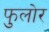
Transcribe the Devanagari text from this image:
फुलोर